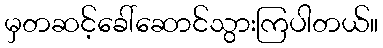
မှတဆင့်ခေါ်ဆောင်သွားကြပါတယ်။